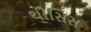
થીસિસ